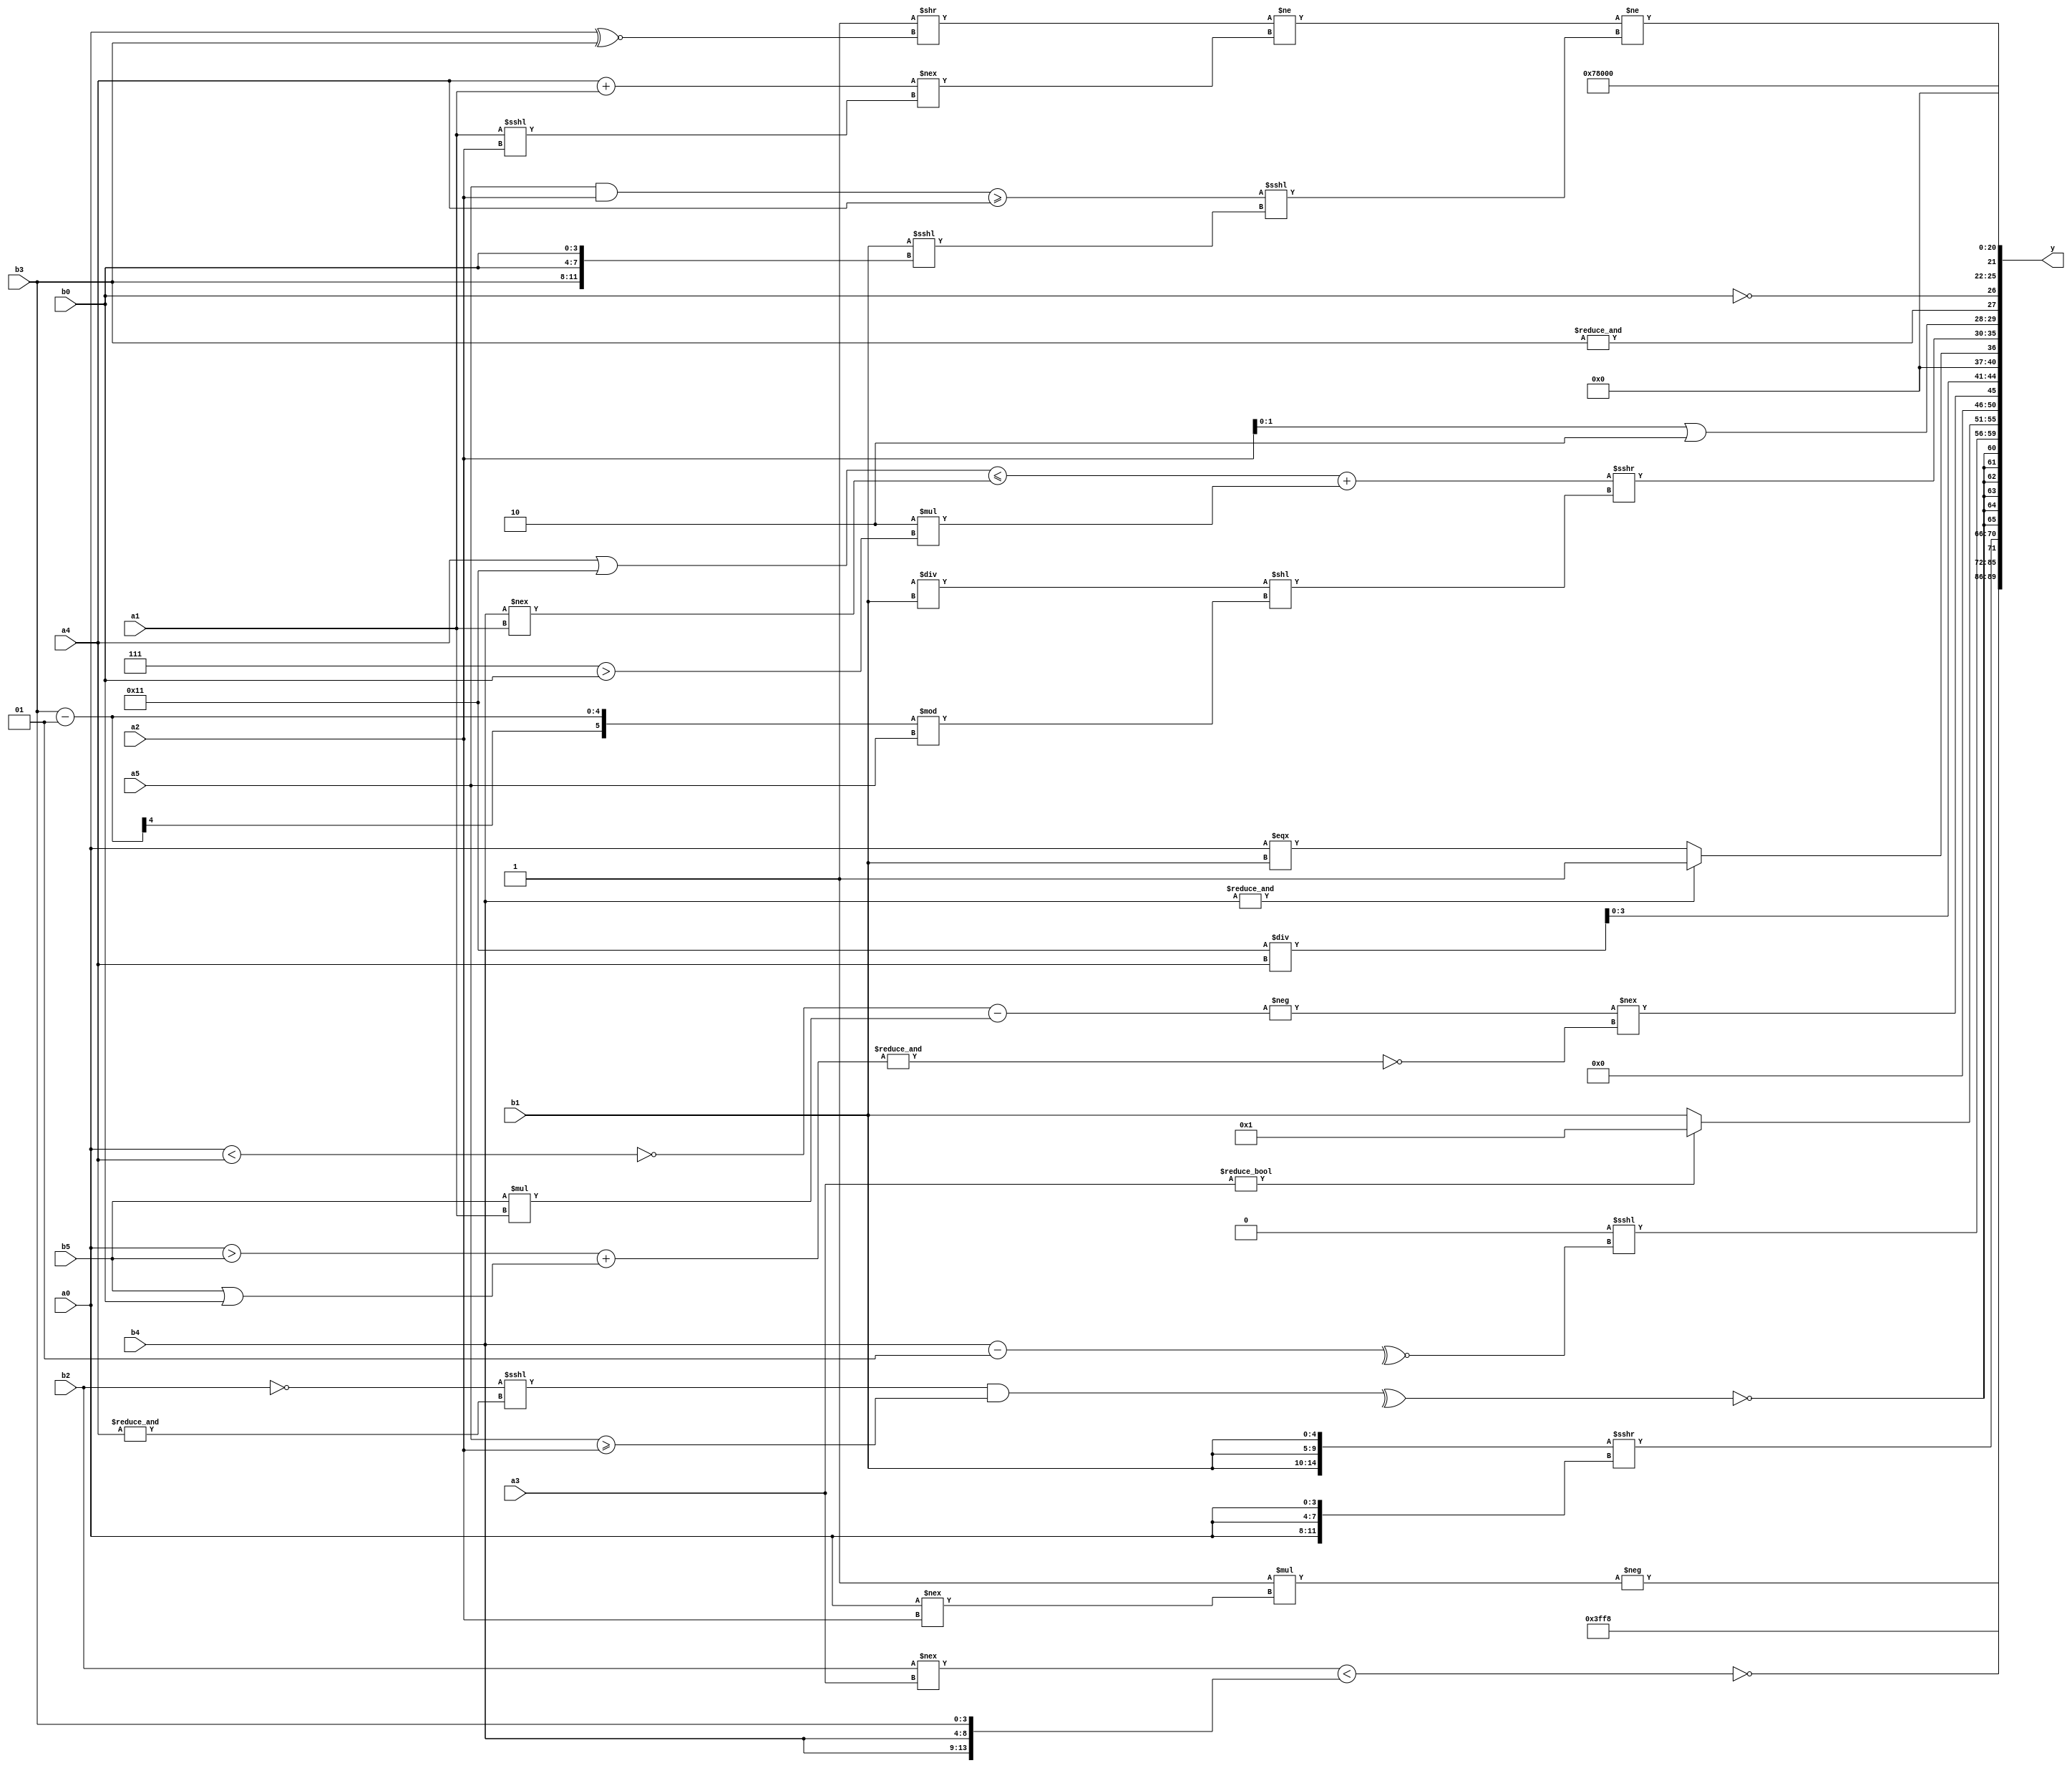
module expression_00037(a0, a1, a2, a3, a4, a5, b0, b1, b2, b3, b4, b5, y);
  input [3:0] a0;
  input [4:0] a1;
  input [5:0] a2;
  input signed [3:0] a3;
  input signed [4:0] a4;
  input signed [5:0] a5;

  input [3:0] b0;
  input [4:0] b1;
  input [5:0] b2;
  input signed [3:0] b3;
  input signed [4:0] b4;
  input signed [5:0] b5;

  wire [3:0] y0;
  wire [4:0] y1;
  wire [5:0] y2;
  wire signed [3:0] y3;
  wire signed [4:0] y4;
  wire signed [5:0] y5;
  wire [3:0] y6;
  wire [4:0] y7;
  wire [5:0] y8;
  wire signed [3:0] y9;
  wire signed [4:0] y10;
  wire signed [5:0] y11;
  wire [3:0] y12;
  wire [4:0] y13;
  wire [5:0] y14;
  wire signed [3:0] y15;
  wire signed [4:0] y16;
  wire signed [5:0] y17;

  output [89:0] y;
  assign y = {y0,y1,y2,y3,y4,y5,y6,y7,y8,y9,y10,y11,y12,y13,y14,y15,y16,y17};

  localparam [3:0] p0 = ((~(-5'sd15))|(~(-4'sd5)));
  localparam [4:0] p1 = ((5'd2 * ((4'd2)|(4'd3)))|(((5'd7)?(3'd3):(2'd3))==((-4'sd4)<=(4'd13))));
  localparam [5:0] p2 = (6'd2 * (3'd6));
  localparam signed [3:0] p3 = (-3'sd2);
  localparam signed [4:0] p4 = ((-5'sd0)<<<(((-3'sd0)==(4'd1))*((3'd6)?(5'sd14):(-5'sd7))));
  localparam signed [5:0] p5 = (+{(-2'sd1),(-4'sd4)});
  localparam [3:0] p6 = ((((3'd2)?(5'sd0):(5'd10))?((2'd0)?(3'sd0):(-5'sd0)):((-3'sd3)?(4'd5):(-2'sd0)))?(((3'sd1)?(2'd2):(-5'sd10))?((4'd11)?(-2'sd0):(4'd4)):((3'd1)?(4'd2):(4'd1))):(((2'd3)?(5'd18):(-2'sd1))?((2'd3)?(-5'sd9):(5'd0)):((5'd29)?(-3'sd3):(3'sd0))));
  localparam [4:0] p7 = (5'd2 * (&((3'd7)/(4'd14))));
  localparam [5:0] p8 = ((4'd11)-((5'sd5)==(-3'sd0)));
  localparam signed [3:0] p9 = (+(-4'sd4));
  localparam signed [4:0] p10 = (+(-4'sd1));
  localparam signed [5:0] p11 = (((-2'sd1)*(2'd0))!=((-2'sd1)^~(4'd12)));
  localparam [3:0] p12 = (((5'd23)?(3'sd2):(3'd6))?(|(~|(3'd7))):(|{2{(2'd1)}}));
  localparam [4:0] p13 = {(&(~(((2'sd0)||(5'd3))&&(~&(5'd28)))))};
  localparam [5:0] p14 = {3{((2'd2)>(4'd0))}};
  localparam signed [3:0] p15 = (((-4'sd7)?(5'd14):(3'd7))>(+(2'sd1)));
  localparam signed [4:0] p16 = {((5'd26)?(2'd2):(5'd2)),((5'sd8)<=(-3'sd2))};
  localparam signed [5:0] p17 = {((2'd2)>>(-5'sd8)),{(3'd4),(2'd1)}};

  assign y0 = (-((p7||p2)*(a0!==a2)));
  assign y1 = (~(((b0>=p12)?(b0!==a0):(-p6))?(~^(5'sd11)):(~^(+(p1&&p8)))));
  assign y2 = (~(((p7>p9)?(p10?p7:p16):$unsigned((p0-p12)))&&((p8?p0:p2)&((p15)&(~|p1)))));
  assign y3 = (~^($signed((b2!==a3))<{b4,b4,b3}));
  assign y4 = ($unsigned({3{b1}})>>>{3{a0}});
  assign y5 = $signed(((&($signed((!(+$signed((^(((~b2)<<<(&a4))&($unsigned(a5)>=(+a2))))))))))));
  assign y6 = (({2{p6}}>>(~p1))<<<(~^(b4-p11)));
  assign y7 = $signed({4{((b1?a3:a3)?(p16<p17):{1{b1}})}});
  assign y8 = ((-((~&(a0<a4))-(b5*a1)))!==(+(~(&((a0>b5)+(b5|b0))))));
  assign y9 = (((p13^~p3))/a4);
  assign y10 = ((~&(p8?b4:p6))?(a0===b1):(2'sd1));
  assign y11 = ((((a4|p17)<=(b4!==a1))+(4'd2 * (p14>b0)))>>>(((b4>>p2)/b1)<<((b3-p15)%a5)));
  assign y12 = $signed($unsigned({(a2|p3),(~(~&b3)),((!b0))}));
  assign y13 = ($unsigned((((b5===b5)>>(a0^~b3))!=((a4+a1)!==(a1<<<a2))))!=(((a5&a2)>={a4})<<<($signed(b1)<<<{b3,b0,b0})));
  assign y14 = (5'd15);
  assign y15 = ($unsigned(((5'd10)?(-5'sd12):(p15>p10)))<=(&(|(-4'sd5))));
  assign y16 = (~|(|((4'd0)+(|(4'd1)))));
  assign y17 = (~|(-(4'sd2)));
endmodule